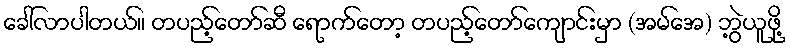
ခေါ်လာပါတယ်။ တပည့်တော်ဆီ ရောက်တော့ တပည့်တော်ကျောင်းမှာ (အမ်အေ) ဘွဲ့ယူဖို့